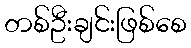
တစ်ဦးချင်းဖြစ်စေ